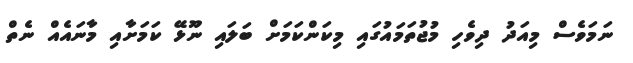
ނަމަވެސް މިއަދު ދިވެހި މުޖުތަމައުގައި މިކަންކަމަށް ބަލައި ނޫޅޭ ކަމަށާއި މާނައެއް ނެތް